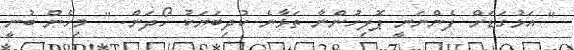
" އަޅުގަޑަށް ފެންނަނީ ޕޮލިހުންނާ ތަޅާނެ ކުދިބަޔަކު ހޯދަން. " މިހެން ބުނީ